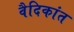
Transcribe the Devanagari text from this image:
वैदिकांत